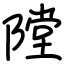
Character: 隚